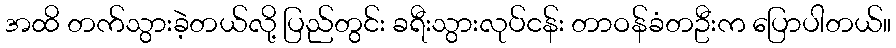
အထိ တက်သွားခဲ့တယ်လို့ ပြည်တွင်း ခရီးသွားလုပ်ငန်း တာဝန်ခံတဦးက ပြောပါတယ်။